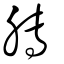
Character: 膞